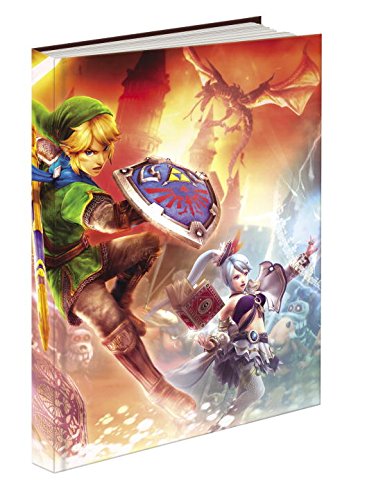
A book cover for Hyrule Warriors: Prima Official Game Guide (Prima Official Game Guides); Prima Games; Computers & Technology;